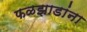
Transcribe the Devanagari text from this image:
फळझाडांना